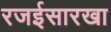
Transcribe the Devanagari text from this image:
रजईसारखा